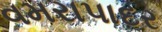
વમરાપાદર